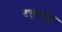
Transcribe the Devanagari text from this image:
दत्तूगमुनू